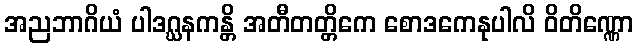
အညဘာဂိယံ ပါဒဂ္ဃနကန္တိ အတီတတ္တိကေ စောဒကေနုပါလိ ဝိတိဏ္ဏော